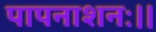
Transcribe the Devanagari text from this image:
पापनाशनः।।